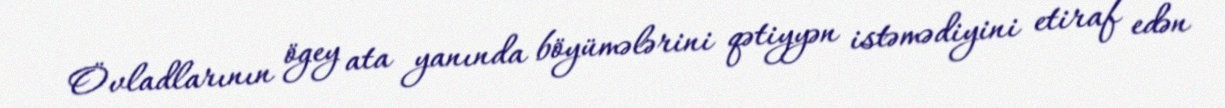
Övladlarının ögey ata yanında böyümələrini qətiyyən istəmədiyini etiraf edən